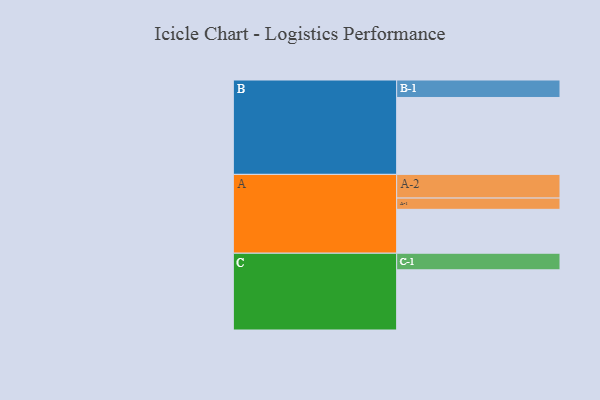
{"axis": {"x": "Segment", "y": "Value"}, "legend": ["", "A", "B", "C"], "data": [{"x": "A", "y": 339, "type": ""}, {"x": "B", "y": 594, "type": ""}, {"x": "C", "y": 465, "type": ""}, {"x": "A-1", "y": 87, "type": "A"}, {"x": "A-2", "y": 183, "type": "A"}, {"x": "B-1", "y": 135, "type": "B"}, {"x": "C-1", "y": 128, "type": "C"}]}